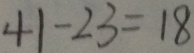
4 1 - 2 3 = 1 8